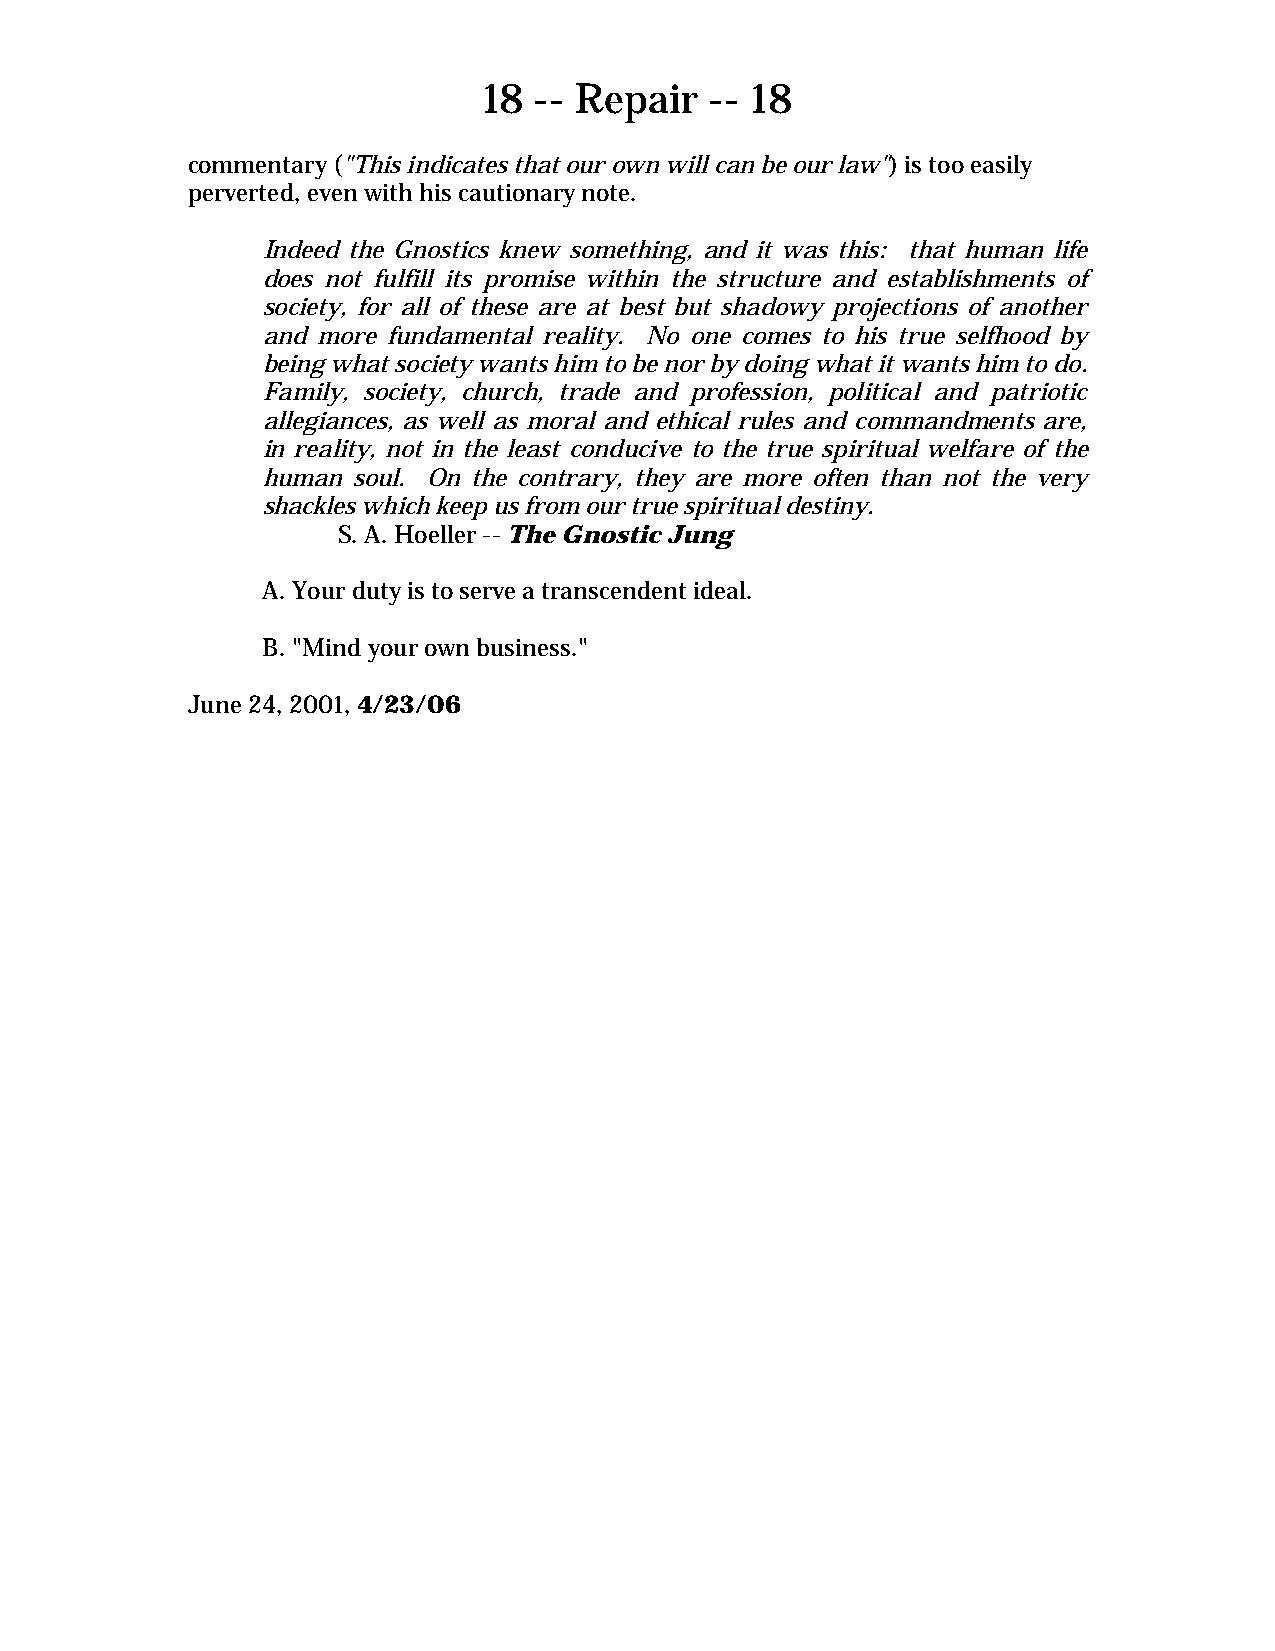
18 -- Repair   -- 18
 commentary ("This indicates that our own will can be our law") is too easily
 perverted, even with his cautionary note.
 Indeed the Gnostics knew something, and it was this: that human life
 does not fulfill its promise within the structure and establishments of
 society, for all of these are at best but shadowy projections of another
 and more fundamental reality. No one comes to his true selfhood by
 being what society wants him to be nor by doing what it wants him to do.
 Family, society, church, trade and profession, political and patriotic
 allegiances, as well as moral and ethical rules and commandments are,
 in reality, not in the least conducive to the true spiritual welfare of the
 human soul. On the contrary, they are more often than not the very
 shackles which keep us from our true spiritual destiny.
 S. A. Hoeller -- The Gnostic Jung
 A. Your duty is to serve a transcendent ideal.
 B. "Mind your own business."
 June 24, 2001, 4/23/06